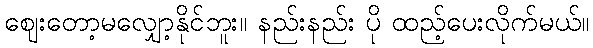
ဈေးတော့မလျှော့နိုင်ဘူး။ နည်းနည်း ပို ထည့်ပေးလိုက်မယ်။